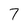
Character: 7